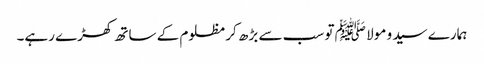
ہمارے سید و مولا ﷺ تو سب سے بڑھ کر مظلوم کے ساتھ کھڑے رہے۔